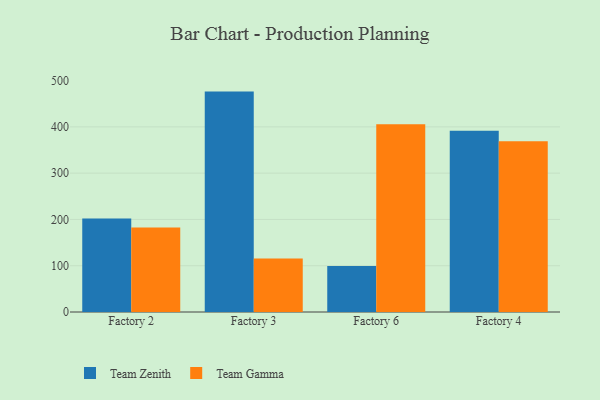
{"axis": {"x": "Factory", "y": "Budget (USD K)"}, "legend": ["Team Gamma", "Team Zenith"], "data": [{"x": "Factory 2", "y": 202.2, "type": "Team Zenith"}, {"x": "Factory 2", "y": 182.5, "type": "Team Gamma"}, {"x": "Factory 3", "y": 476.2, "type": "Team Zenith"}, {"x": "Factory 3", "y": 115.4, "type": "Team Gamma"}, {"x": "Factory 6", "y": 99.4, "type": "Team Zenith"}, {"x": "Factory 6", "y": 405.4, "type": "Team Gamma"}, {"x": "Factory 4", "y": 391.5, "type": "Team Zenith"}, {"x": "Factory 4", "y": 368.7, "type": "Team Gamma"}]}